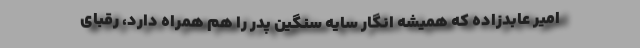
امیر عابدزاده که همیشه انگار سایه سنگین پدر را هم همراه دارد، رقبای